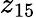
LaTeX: z_{15}